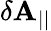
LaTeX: \delta\mathbf{A}_{||}